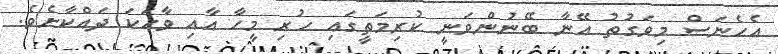
އެހެނަސް މިވަގުތު އޭނާ ބޭނުންވަނީ ކުރިމަތީގައި ހުރި މީހާ އާއި ވާހަކަ ދައްކާށެވެ.